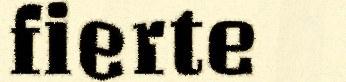
fierte